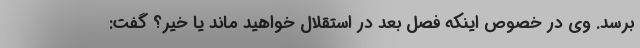
برسد. وی در خصوص اینکه فصل بعد در استقلال خواهید ماند یا خیر؟ گفت: